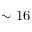
\sim 1 6